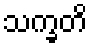
သက္ခတိ